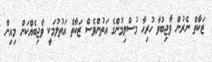
ޒަކާތް ނެރުން ވާޖިބުވާ ހުރިހާ މުސްލިމުންގެ އަތުންވެސް ޒަކާތް އަތުލުމަކީ ވާޖިބެއްކަން މިއިން